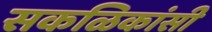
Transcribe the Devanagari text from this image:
सकळिकांसी